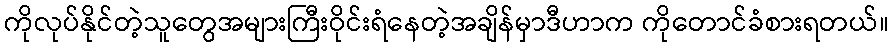
ကိုလုပ်နိုင်တဲ့သူတွေအများကြီးဝိုင်းရံနေတဲ့အချိန်မှာဒီဟာက ကိုတောင်ခံစားရတယ်။